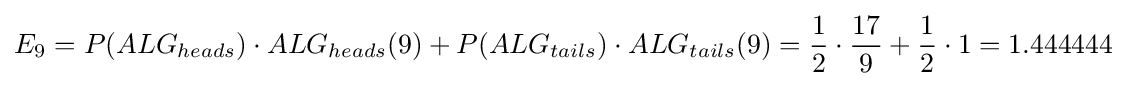
E_{9}=P(ALG_{heads})\cdot ALG_{heads}(9)+P(ALG_{tails})\cdot ALG_{tails}(9)={\frac {1}{2}}\cdot {\frac {17}{9}}+{\frac {1}{2}}\cdot 1=1.444444